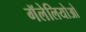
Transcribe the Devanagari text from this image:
गॅलेलियोओ